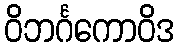
ဝိဘင်္ဂကောဝိဒ